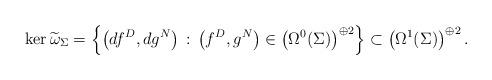
LaTeX: \begin{align*}\ker\widetilde{\omega}_\Sigma=\left\{\left(df^D,dg^N\right)\,:\, \left(f^D,g^N\right)\in \left(\Omega^0(\Sigma)\right)^{\oplus 2}\right\}\subset \left(\Omega^1(\Sigma)\right)^{\oplus 2}.\end{align*}